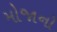
મોજાનો